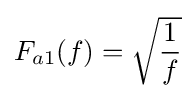
F_{a1}(f)={\sqrt {\frac {1}{f}}}